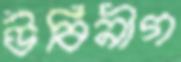
উবিনীগ